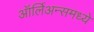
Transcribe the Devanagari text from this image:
ऑर्लिअन्समध्ये